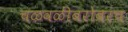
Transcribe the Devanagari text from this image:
चळवळींबरोबरच